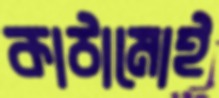
কাঠামোই